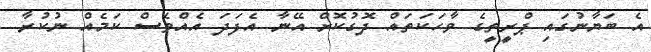
އެ ބަޔާނުގައި ޕްރީތީގެ ވާހަކަތައް ދޮގުކޮށް އޭނާ އެފަދަ އެއްވެސް ކަމެއް ނުކުރާ